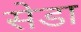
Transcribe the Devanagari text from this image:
सेडा